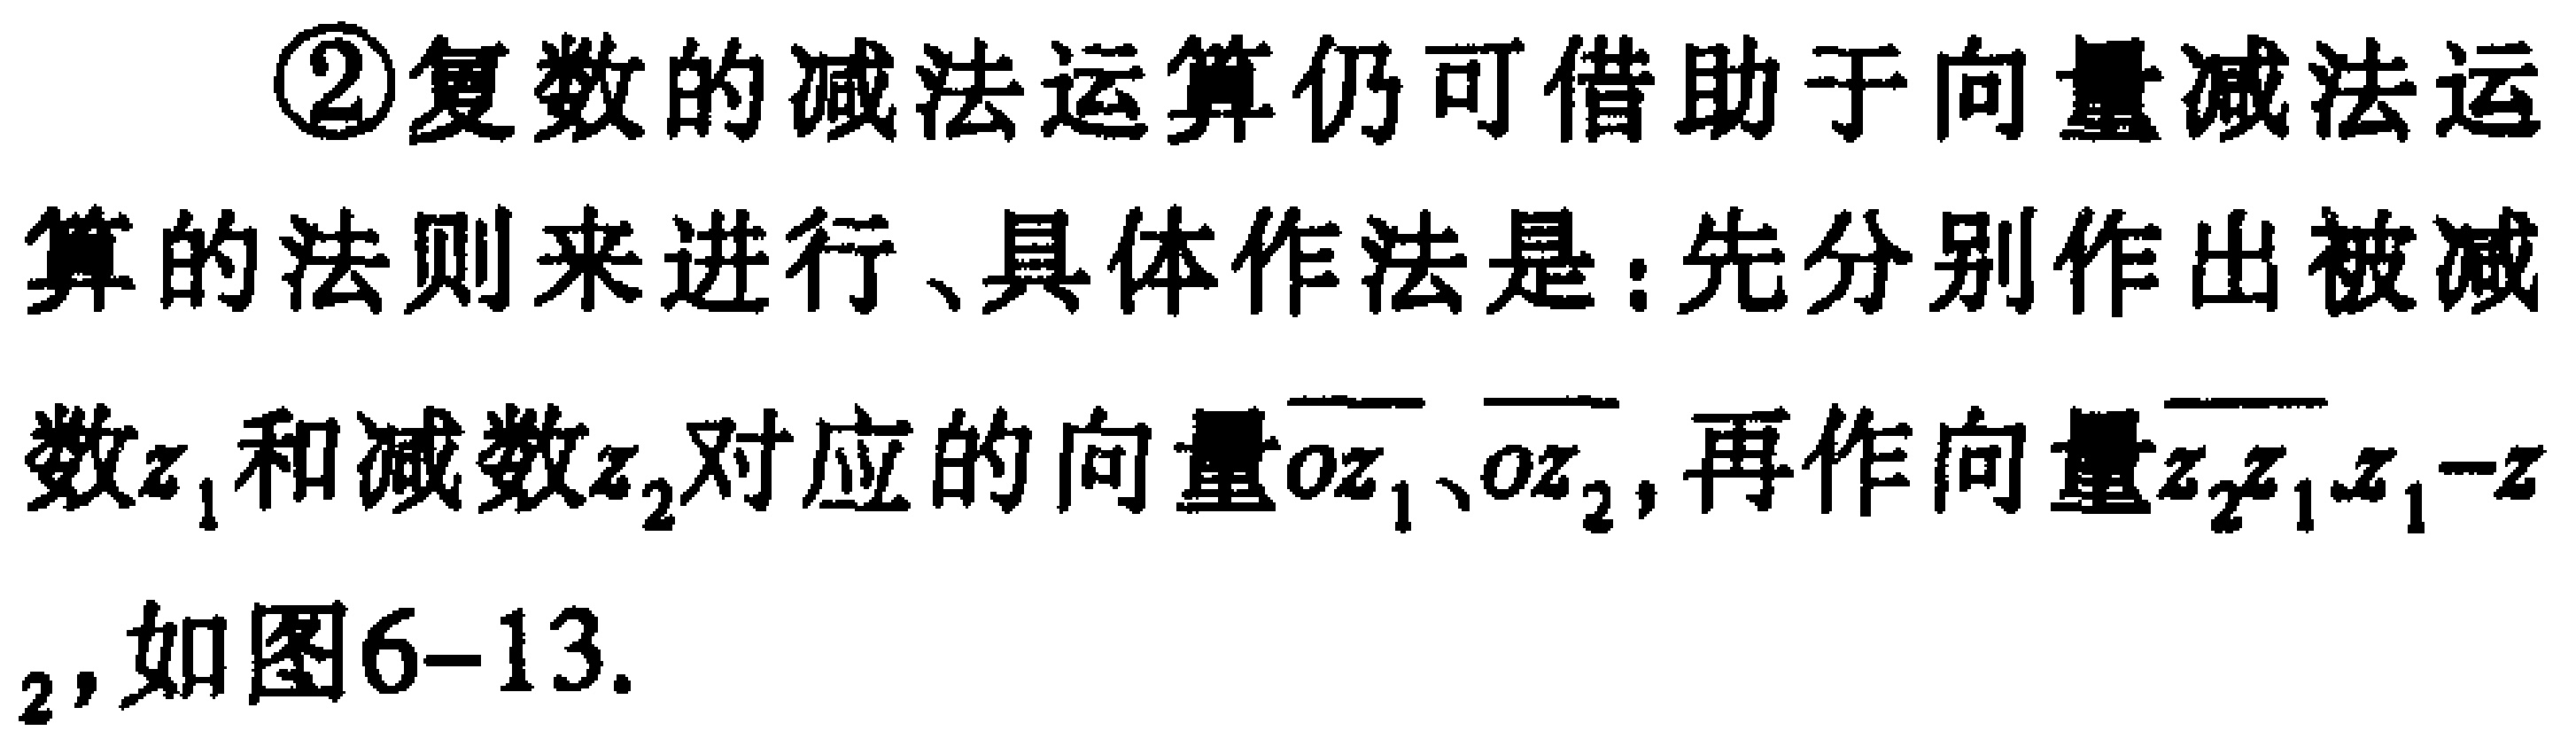
\textcircled{2}复数的减法运算仍可借助于向量减法运算的法则来进行、具体作法是：先分别作出被减数\(z_{1}\)和减数\(z_{2}\)对应的向量\(\overrightarrow{oz_{1}}\)、\(\overrightarrow{oz_{2}}\)，再作向量\(\overrightarrow{z_{2}z_{1}}\)，\(z_{1}-z_{2}\)，如图6-13.